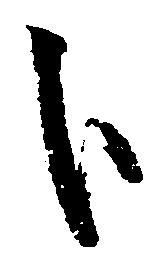
処